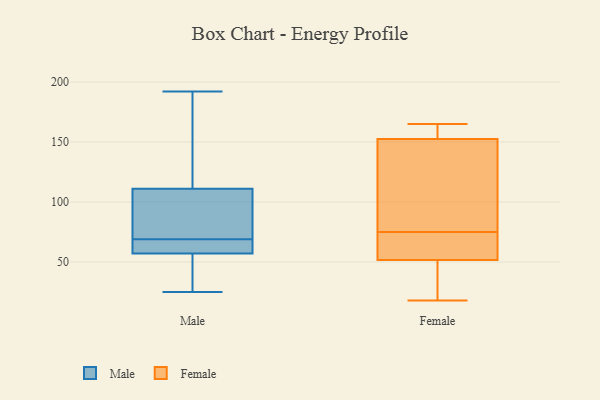
{"axis": {"x": "Energy Usage (MWh)", "y": "Value"}, "legend": ["Female", "Male"], "data": [{"x": "", "y": 192, "type": "Male"}, {"x": "", "y": 60, "type": "Male"}, {"x": "", "y": 58, "type": "Male"}, {"x": "", "y": 56, "type": "Male"}, {"x": "", "y": 73, "type": "Male"}, {"x": "", "y": 25, "type": "Male"}, {"x": "", "y": 97, "type": "Male"}, {"x": "", "y": 33, "type": "Male"}, {"x": "", "y": 102, "type": "Male"}, {"x": "", "y": 112, "type": "Male"}, {"x": "", "y": 58, "type": "Male"}, {"x": "", "y": 161, "type": "Male"}, {"x": "", "y": 110, "type": "Male"}, {"x": "", "y": 42, "type": "Male"}, {"x": "", "y": 136, "type": "Male"}, {"x": "", "y": 65, "type": "Male"}, {"x": "", "y": 143, "type": "Female"}, {"x": "", "y": 165, "type": "Female"}, {"x": "", "y": 142, "type": "Female"}, {"x": "", "y": 150, "type": "Female"}, {"x": "", "y": 42, "type": "Female"}, {"x": "", "y": 160, "type": "Female"}, {"x": "", "y": 62, "type": "Female"}, {"x": "", "y": 18, "type": "Female"}, {"x": "", "y": 55, "type": "Female"}, {"x": "", "y": 63, "type": "Female"}, {"x": "", "y": 161, "type": "Female"}, {"x": "", "y": 75, "type": "Female"}, {"x": "", "y": 37, "type": "Female"}]}